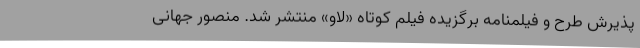
پذیرش طرح و فیلمنامه برگزیده فیلم کوتاه «لاو» منتشر شد. منصور جهانی